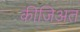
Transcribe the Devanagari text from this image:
कीजिअत